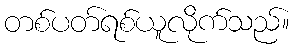
တစ်ပတ်ရစ်ယူလိုက်သည်။